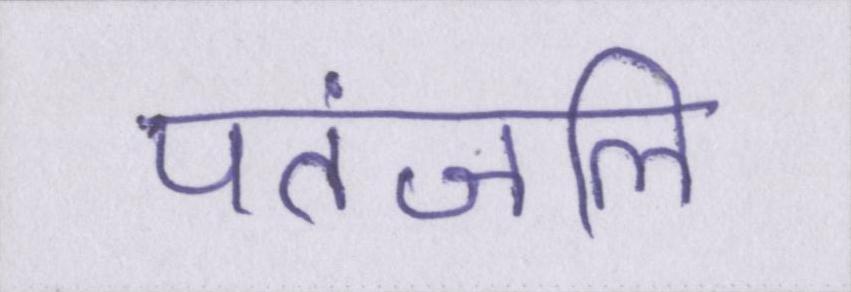
पतंजलि